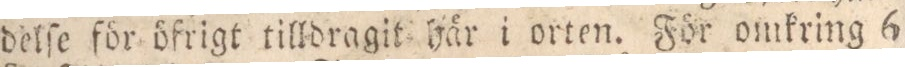
delſe för öfrigt tilldragit här i orten. För omkring 6